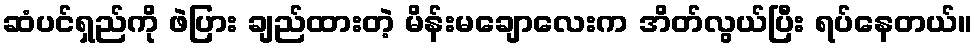
ဆံပင်ရှည်ကို ဖဲပြား ချည်ထားတဲ့ မိန်းမချောလေးက အိတ်လွယ်ပြီး ရပ်နေတယ်။